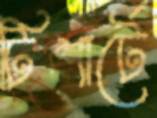
টিশার্টে